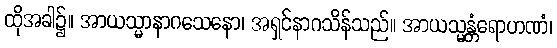
ထိုအခါ၌။ အာယသ္မာနာဂသေနော၊ အရှင်နာဂသိန်သည်။ အာယသ္မန္တံရောဟဏံ၊